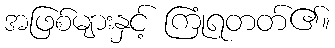
အဖြစ်များနှင့် ကြုံရတတ်၏။